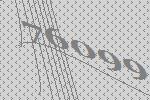
76099